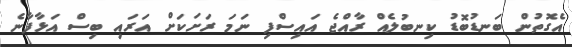
އެގޮތުން ބަނޑުބޮޑު ކިނބުލެއް ރާއްޖެ އައިސްފި ނަމަ ރަށަކަށް އަރައި ބިސް އަޅާފާނެ